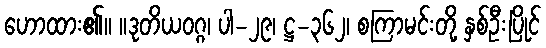
ဟောထား၏။ ။ဒုတိယဝဂ္ဂ၊ ပါ-၂၉၊ ဋ္ဌ-၃၆၂၊ စကြာမင်းတို့ နှစ်ဦးပြိုင်